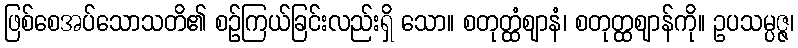
ဖြစ်စေအပ်သောသတိ၏ စဉ်ကြယ်ခြင်းလည်းရှိ သော။ စတုတ္ထံဈာနံ၊ စတုတ္ထဈာန်ကို။ ဥပသမ္ပဇ္ဇ၊